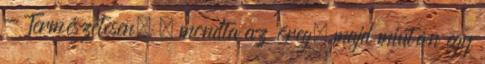
- Természetesen. – mondta az öreg, majd miután egy